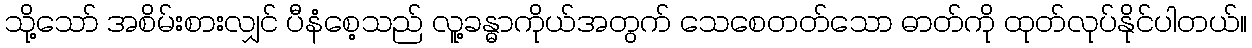
သို့သော် အစိမ်းစားလျှင် ပီနံစေ့သည် လူ့ခန္ဓာကိုယ်အတွက် သေစေတတ်သော ဓာတ်ကို ထုတ်လုပ်နိုင်ပါတယ်။